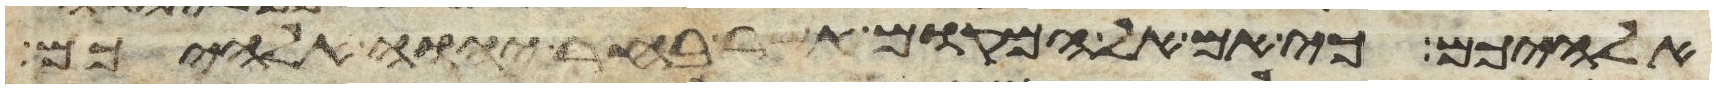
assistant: אלהיכם כי אם אל המקום אשר בחר יהוה אלהיכם